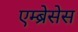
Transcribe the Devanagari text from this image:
एम्ब्रेसेस